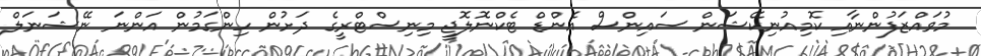
މުވައްޒަފުންނާއި ކޮމިއުނިކޭޝަން ސައިންސް އެންޑް ޓެކްނޮލޮޖީ މިނިސްޓްރީގެ ދަށުން ހިންގަމުން އަންނަ ނޭޝަނަލް